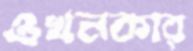
ওখনকার